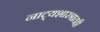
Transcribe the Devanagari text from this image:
नाट्यशास्त्रातही